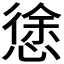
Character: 𭞃